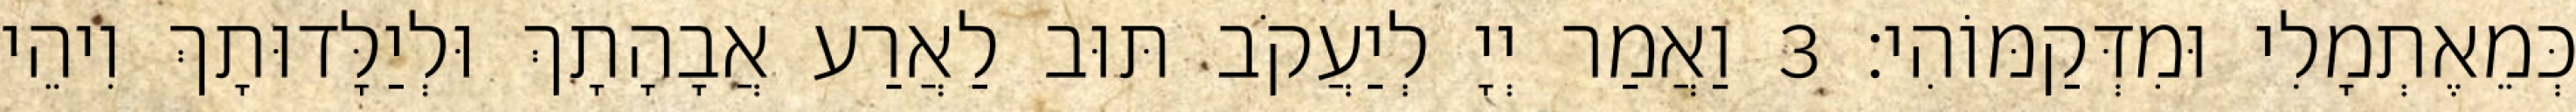
כְּמֵאֶתְמָלִי וּמִדְּקַמּוֹהִי׃ 3 וַאֲמַר יְיָ לְיַעֲקֹב תּוּב לַאֲרַע אֲבָהָתָךְ וּלְיַלָּדוּתָךְ וִיהֵי